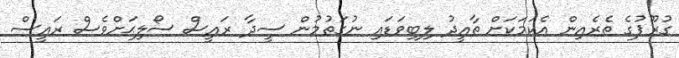
ގުރޫޕުގެ ތެރެއިން އެކަމަކަށް ތާއީދު ލިބިވަޑައި ނުގަތުމުން ސީދާ ރައީސް ސޯލިޙަށްވެސް ރައީސް